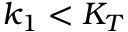
k _ { 1 } < K _ { T }